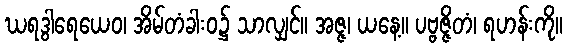
ဃရဒွါရေယေဝ၊ အိမ်တံခါးဝ၌ သာလျှင်။ အဇ္ဇ၊ ယနေ့။ ပဗ္ဗဇ္ဇိတံ၊ ရဟန်းကို။